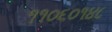
૧૧૦૬૦૧૪૮